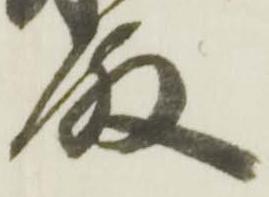
殿